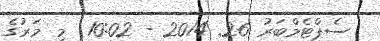
ސެޕްޓެމްބަރު 26